Annual report on the working of the Harcourt Butler Institute of Public Health, Rangoon
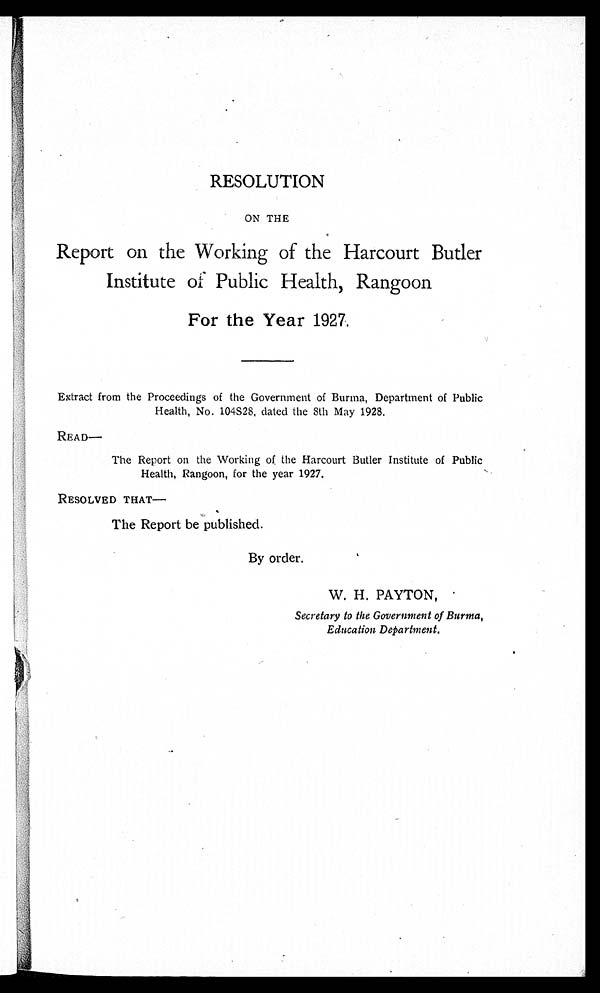
RESOLUTION
ON THE
Report on the Working of the Harcourt Butler
Institute of Public Health, Rangoon
For the Year 1927.
Extract from the Proceedings of the Government of Burma, Department of Public
Health, No. 104S28, dated the 8th May 1928.
READ—
The Report on the Working of the Harcourt Butler Institute of Public
Health, Rangoon, for the year 1927.
RESOLVED THAT—
The Report be published.
By order.
W. H. PAYTON,
Secretary to the Government of Burma
,
• •